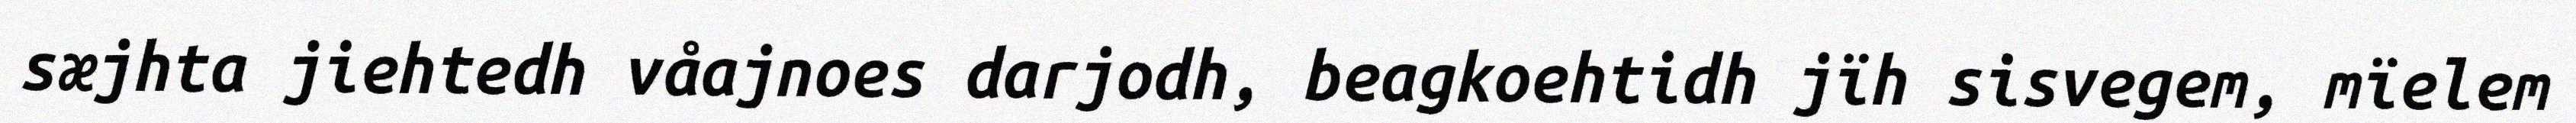
sæjhta jiehtedh våajnoes darjodh, beagkoehtidh jïh sisvegem, mïelem